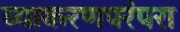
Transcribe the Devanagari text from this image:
व्याकरणपरंपरा